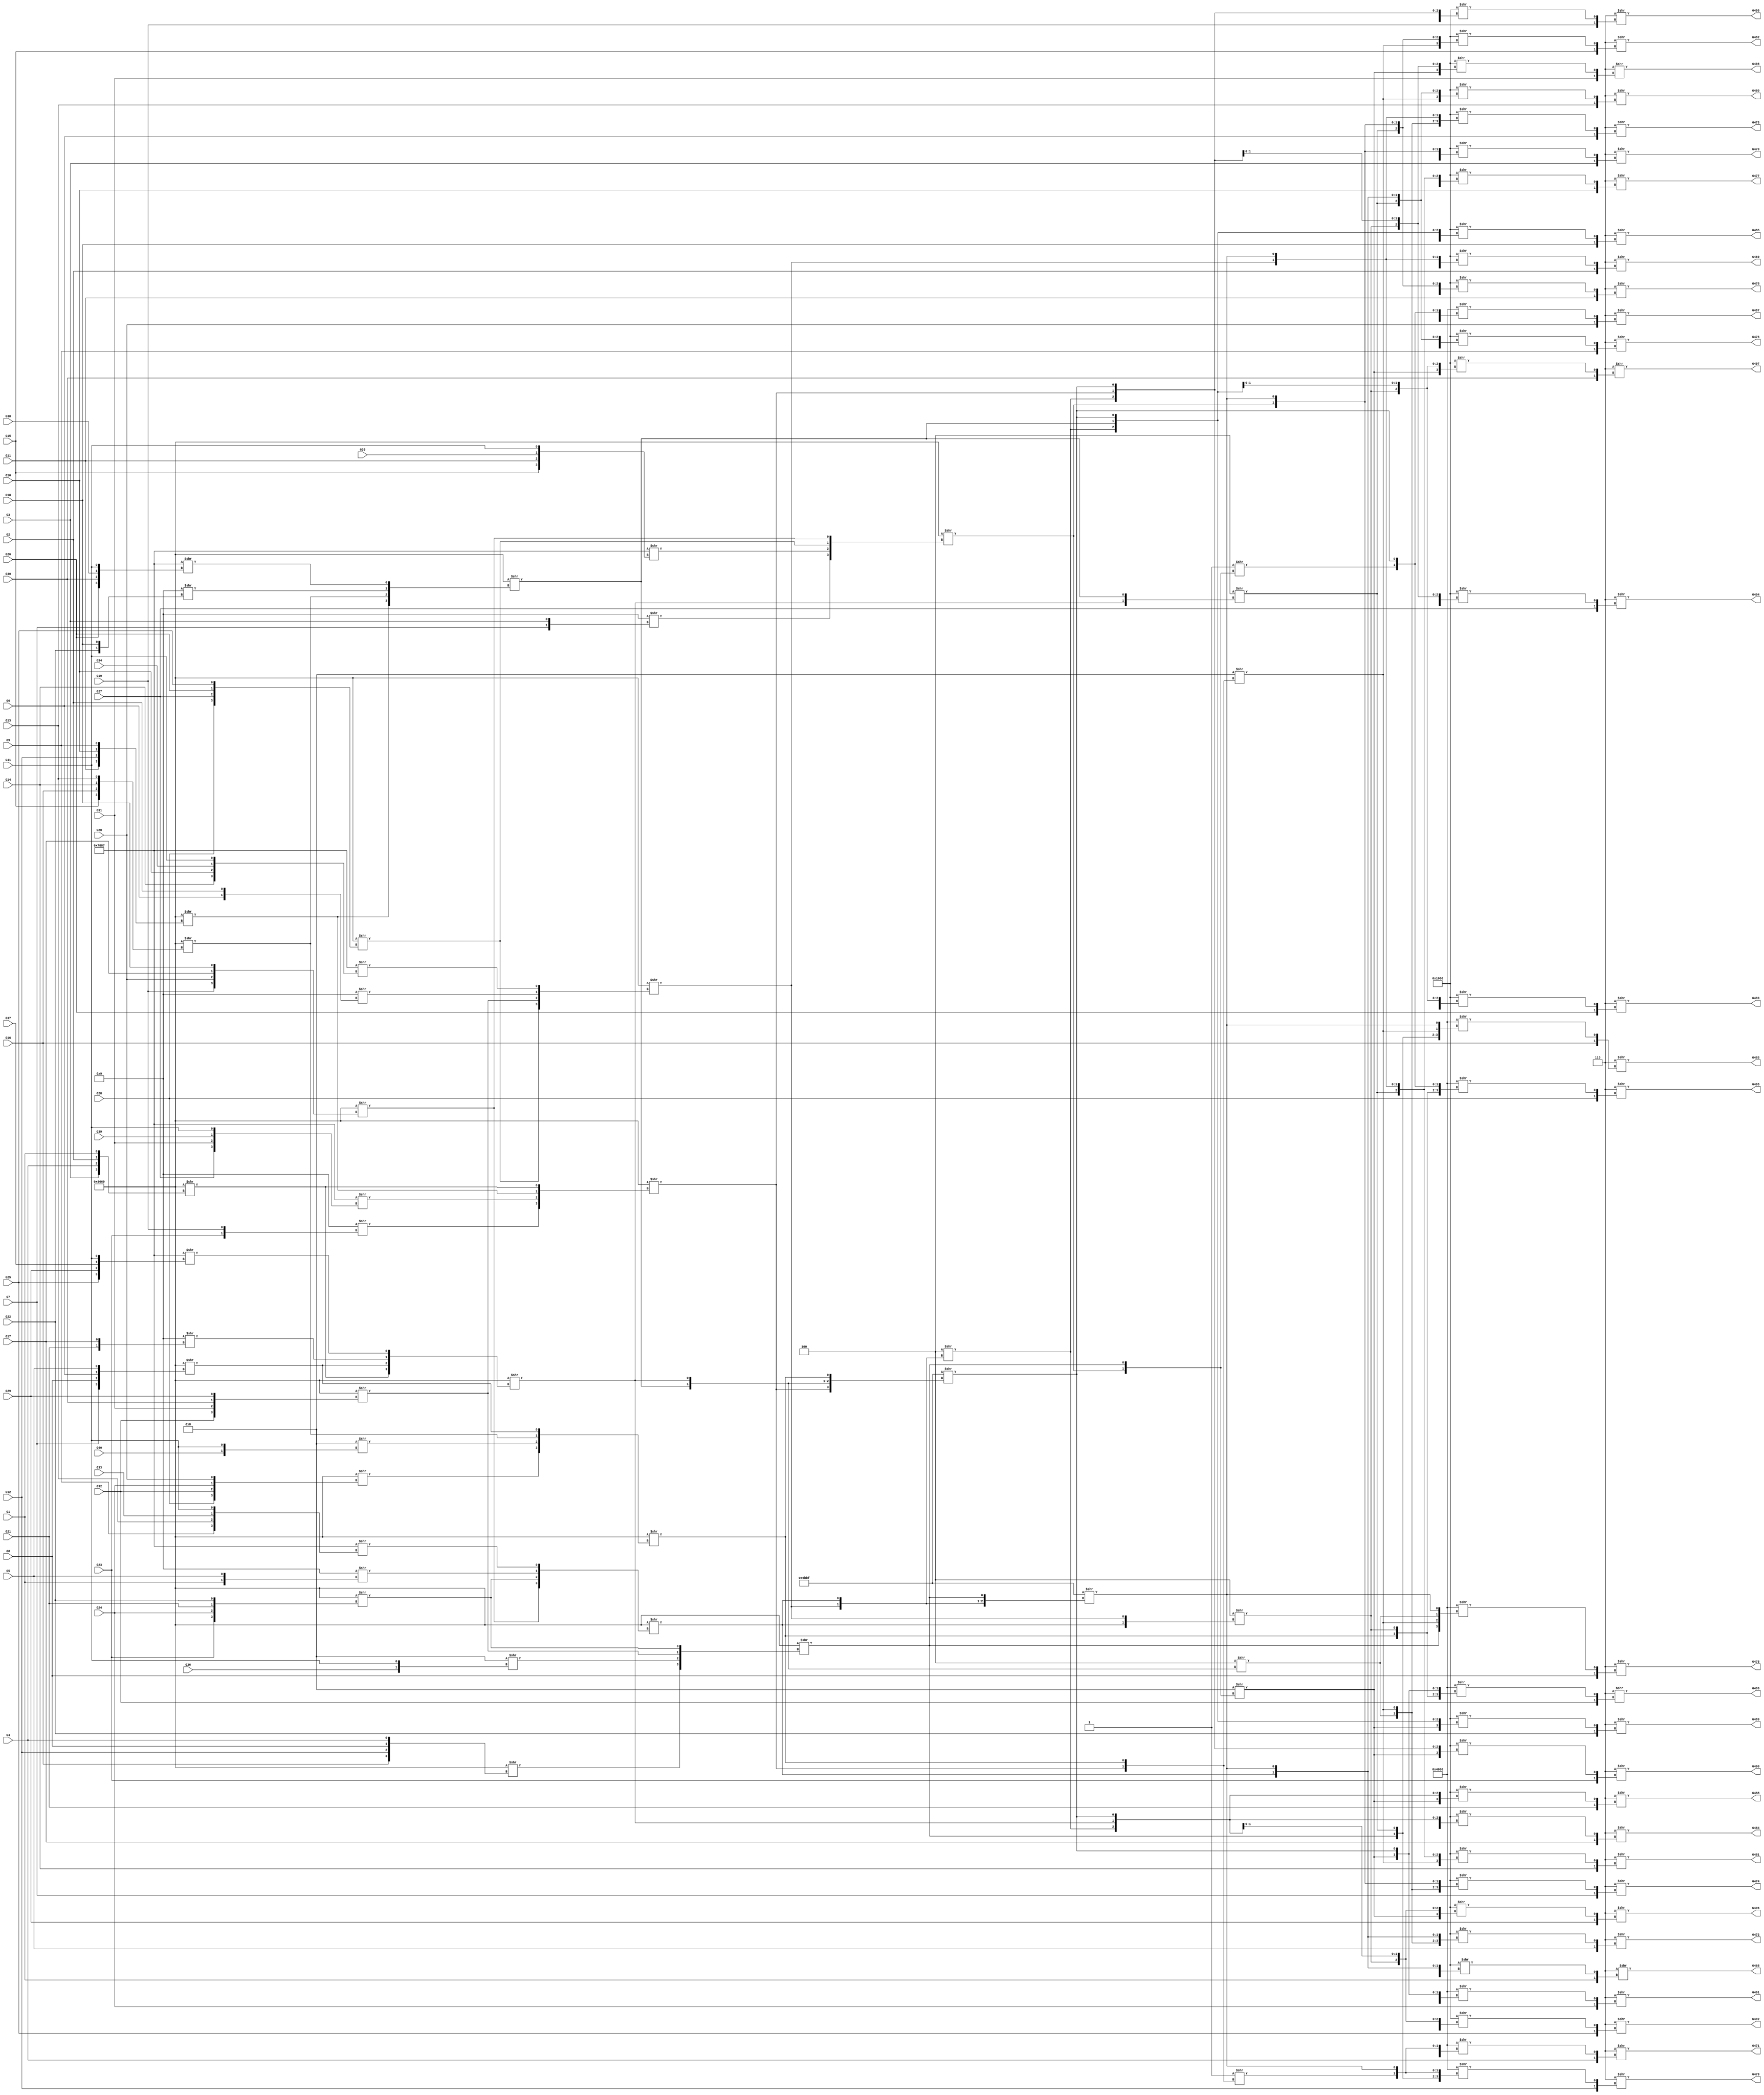
/* Generated by Yosys 0.9 (git sha1 1979e0b) */

(* src = "designs/c499.v:1" *)
module c499(G1, G10, G11, G12, G13, G14, G15, G16, G17, G18, G19, G2, G20, G21, G22, G23, G24, G25, G26, G27, G28, G29, G3, G30, G31, G32, G33, G34, G35, G36, G37, G38, G39, G4, G40, G41, G468, G469, G470, G471, G472, G473, G474, G475, G476, G477, G478, G479, G480, G481, G482, G483, G484, G485, G486, G487, G488, G489, G490, G491, G492, G493, G494, G495, G496, G497, G498, G499, G5, G6, G7, G8, G9);
  wire _000_;
  wire _001_;
  wire _002_;
  wire _003_;
  wire _004_;
  wire _005_;
  wire _006_;
  wire _007_;
  wire _008_;
  wire _009_;
  wire _010_;
  wire _011_;
  wire _012_;
  wire _013_;
  wire _014_;
  wire _015_;
  wire _016_;
  wire _017_;
  wire _018_;
  wire _019_;
  wire _020_;
  wire _021_;
  wire _022_;
  wire _023_;
  wire _024_;
  wire _025_;
  wire _026_;
  wire _027_;
  wire _028_;
  wire _029_;
  wire _030_;
  wire _031_;
  wire _032_;
  wire _033_;
  wire _034_;
  wire _035_;
  wire _036_;
  wire _037_;
  wire _038_;
  wire _039_;
  wire _040_;
  wire _041_;
  wire _042_;
  wire _043_;
  wire _044_;
  wire _045_;
  wire _046_;
  wire _047_;
  wire _048_;
  wire _049_;
  wire _050_;
  wire _051_;
  wire _052_;
  wire _053_;
  wire _054_;
  wire _055_;
  wire _056_;
  wire _057_;
  wire _058_;
  wire _059_;
  wire _060_;
  wire _061_;
  wire _062_;
  wire _063_;
  wire _064_;
  wire _065_;
  wire _066_;
  wire _067_;
  wire _068_;
  wire _069_;
  wire _070_;
  wire _071_;
  wire _072_;
  wire _073_;
  wire _074_;
  wire _075_;
  wire _076_;
  wire _077_;
  wire _078_;
  wire _079_;
  wire _080_;
  wire _081_;
  wire _082_;
  wire _083_;
  wire _084_;
  wire _085_;
  wire _086_;
  wire _087_;
  wire _088_;
  wire _089_;
  wire _090_;
  wire _091_;
  wire _092_;
  wire _093_;
  wire _094_;
  wire _095_;
  wire _096_;
  wire _097_;
  wire _098_;
  wire _099_;
  wire _100_;
  wire _101_;
  wire _102_;
  wire _103_;
  wire _104_;
  wire _105_;
  wire _106_;
  wire _107_;
  wire _108_;
  wire _109_;
  wire _110_;
  wire _111_;
  wire _112_;
  wire _113_;
  wire _114_;
  wire _115_;
  wire _116_;
  wire _117_;
  wire _118_;
  wire _119_;
  wire _120_;
  wire _121_;
  wire _122_;
  wire _123_;
  wire _124_;
  wire _125_;
  wire _126_;
  wire _127_;
  wire _128_;
  wire _129_;
  wire _130_;
  wire _131_;
  wire _132_;
  wire _133_;
  wire _134_;
  wire _135_;
  wire _136_;
  wire _137_;
  wire _138_;
  wire _139_;
  wire _140_;
  wire _141_;
  wire _142_;
  wire _143_;
  wire _144_;
  wire _145_;
  wire _146_;
  wire _147_;
  wire _148_;
  wire _149_;
  wire _150_;
  wire _151_;
  wire _152_;
  wire _153_;
  wire _154_;
  wire _155_;
  wire _156_;
  wire _157_;
  (* src = "designs/c499.v:6" *)
  wire _158_;
  (* src = "designs/c499.v:6" *)
  wire _159_;
  (* src = "designs/c499.v:6" *)
  wire _160_;
  (* src = "designs/c499.v:6" *)
  wire _161_;
  (* src = "designs/c499.v:6" *)
  wire _162_;
  (* src = "designs/c499.v:6" *)
  wire _163_;
  (* src = "designs/c499.v:6" *)
  wire _164_;
  (* src = "designs/c499.v:6" *)
  wire _165_;
  (* src = "designs/c499.v:6" *)
  wire _166_;
  (* src = "designs/c499.v:6" *)
  wire _167_;
  (* src = "designs/c499.v:6" *)
  wire _168_;
  (* src = "designs/c499.v:6" *)
  wire _169_;
  (* src = "designs/c499.v:6" *)
  wire _170_;
  (* src = "designs/c499.v:6" *)
  wire _171_;
  (* src = "designs/c499.v:6" *)
  wire _172_;
  (* src = "designs/c499.v:6" *)
  wire _173_;
  (* src = "designs/c499.v:6" *)
  wire _174_;
  (* src = "designs/c499.v:6" *)
  wire _175_;
  (* src = "designs/c499.v:6" *)
  wire _176_;
  (* src = "designs/c499.v:6" *)
  wire _177_;
  (* src = "designs/c499.v:6" *)
  wire _178_;
  (* src = "designs/c499.v:6" *)
  wire _179_;
  (* src = "designs/c499.v:6" *)
  wire _180_;
  (* src = "designs/c499.v:6" *)
  wire _181_;
  (* src = "designs/c499.v:6" *)
  wire _182_;
  (* src = "designs/c499.v:6" *)
  wire _183_;
  (* src = "designs/c499.v:6" *)
  wire _184_;
  (* src = "designs/c499.v:6" *)
  wire _185_;
  (* src = "designs/c499.v:6" *)
  wire _186_;
  (* src = "designs/c499.v:6" *)
  wire _187_;
  (* src = "designs/c499.v:6" *)
  wire _188_;
  (* src = "designs/c499.v:6" *)
  wire _189_;
  (* src = "designs/c499.v:6" *)
  wire _190_;
  (* src = "designs/c499.v:6" *)
  wire _191_;
  (* src = "designs/c499.v:6" *)
  wire _192_;
  (* src = "designs/c499.v:6" *)
  wire _193_;
  (* src = "designs/c499.v:9" *)
  wire _194_;
  (* src = "designs/c499.v:9" *)
  wire _195_;
  (* src = "designs/c499.v:9" *)
  wire _196_;
  (* src = "designs/c499.v:9" *)
  wire _197_;
  (* src = "designs/c499.v:9" *)
  wire _198_;
  (* src = "designs/c499.v:9" *)
  wire _199_;
  (* src = "designs/c499.v:9" *)
  wire _200_;
  (* src = "designs/c499.v:9" *)
  wire _201_;
  (* src = "designs/c499.v:9" *)
  wire _202_;
  (* src = "designs/c499.v:9" *)
  wire _203_;
  (* src = "designs/c499.v:9" *)
  wire _204_;
  (* src = "designs/c499.v:9" *)
  wire _205_;
  (* src = "designs/c499.v:9" *)
  wire _206_;
  (* src = "designs/c499.v:9" *)
  wire _207_;
  (* src = "designs/c499.v:9" *)
  wire _208_;
  (* src = "designs/c499.v:9" *)
  wire _209_;
  (* src = "designs/c499.v:9" *)
  wire _210_;
  (* src = "designs/c499.v:9" *)
  wire _211_;
  (* src = "designs/c499.v:9" *)
  wire _212_;
  (* src = "designs/c499.v:9" *)
  wire _213_;
  (* src = "designs/c499.v:9" *)
  wire _214_;
  (* src = "designs/c499.v:9" *)
  wire _215_;
  (* src = "designs/c499.v:9" *)
  wire _216_;
  (* src = "designs/c499.v:9" *)
  wire _217_;
  (* src = "designs/c499.v:9" *)
  wire _218_;
  (* src = "designs/c499.v:9" *)
  wire _219_;
  (* src = "designs/c499.v:9" *)
  wire _220_;
  (* src = "designs/c499.v:9" *)
  wire _221_;
  (* src = "designs/c499.v:9" *)
  wire _222_;
  (* src = "designs/c499.v:9" *)
  wire _223_;
  (* src = "designs/c499.v:9" *)
  wire _224_;
  (* src = "designs/c499.v:9" *)
  wire _225_;
  (* src = "designs/c499.v:6" *)
  wire _226_;
  (* src = "designs/c499.v:6" *)
  wire _227_;
  (* src = "designs/c499.v:6" *)
  wire _228_;
  (* src = "designs/c499.v:6" *)
  wire _229_;
  (* src = "designs/c499.v:6" *)
  wire _230_;
  wire _231_;
  wire _232_;
  wire _233_;
  wire _234_;
  wire _235_;
  wire _236_;
  wire _237_;
  wire _238_;
  wire _239_;
  wire _240_;
  wire _241_;
  wire _242_;
  wire _243_;
  wire _244_;
  wire _245_;
  wire _246_;
  wire _247_;
  wire _248_;
  wire _249_;
  wire _250_;
  wire _251_;
  wire _252_;
  wire _253_;
  wire _254_;
  wire _255_;
  wire _256_;
  wire _257_;
  wire _258_;
  wire _259_;
  wire _260_;
  wire _261_;
  wire _262_;
  wire _263_;
  wire _264_;
  wire _265_;
  wire _266_;
  wire _267_;
  wire _268_;
  wire _269_;
  wire _270_;
  wire _271_;
  wire _272_;
  wire _273_;
  wire _274_;
  wire _275_;
  wire _276_;
  wire _277_;
  wire _278_;
  wire _279_;
  wire _280_;
  wire _281_;
  wire _282_;
  wire _283_;
  wire _284_;
  wire _285_;
  wire _286_;
  wire _287_;
  wire _288_;
  wire _289_;
  wire _290_;
  wire _291_;
  wire _292_;
  wire _293_;
  wire _294_;
  wire _295_;
  wire _296_;
  wire _297_;
  wire _298_;
  wire _299_;
  wire _300_;
  wire _301_;
  wire _302_;
  wire _303_;
  wire _304_;
  (* src = "designs/c499.v:6" *)
  input G1;
  (* src = "designs/c499.v:6" *)
  input G10;
  (* src = "designs/c499.v:6" *)
  input G11;
  (* src = "designs/c499.v:6" *)
  input G12;
  (* src = "designs/c499.v:6" *)
  input G13;
  (* src = "designs/c499.v:6" *)
  input G14;
  (* src = "designs/c499.v:6" *)
  input G15;
  (* src = "designs/c499.v:6" *)
  input G16;
  (* src = "designs/c499.v:6" *)
  input G17;
  (* src = "designs/c499.v:6" *)
  input G18;
  (* src = "designs/c499.v:6" *)
  input G19;
  (* src = "designs/c499.v:6" *)
  input G2;
  (* src = "designs/c499.v:6" *)
  input G20;
  (* src = "designs/c499.v:6" *)
  input G21;
  (* src = "designs/c499.v:6" *)
  input G22;
  (* src = "designs/c499.v:6" *)
  input G23;
  (* src = "designs/c499.v:6" *)
  input G24;
  (* src = "designs/c499.v:6" *)
  input G25;
  (* src = "designs/c499.v:6" *)
  input G26;
  (* src = "designs/c499.v:6" *)
  input G27;
  (* src = "designs/c499.v:6" *)
  input G28;
  (* src = "designs/c499.v:6" *)
  input G29;
  (* src = "designs/c499.v:6" *)
  input G3;
  (* src = "designs/c499.v:6" *)
  input G30;
  (* src = "designs/c499.v:6" *)
  input G31;
  (* src = "designs/c499.v:6" *)
  input G32;
  (* src = "designs/c499.v:6" *)
  input G33;
  (* src = "designs/c499.v:6" *)
  input G34;
  (* src = "designs/c499.v:6" *)
  input G35;
  (* src = "designs/c499.v:6" *)
  input G36;
  (* src = "designs/c499.v:6" *)
  input G37;
  (* src = "designs/c499.v:6" *)
  input G38;
  (* src = "designs/c499.v:6" *)
  input G39;
  (* src = "designs/c499.v:6" *)
  input G4;
  (* src = "designs/c499.v:6" *)
  input G40;
  (* src = "designs/c499.v:6" *)
  input G41;
  (* src = "designs/c499.v:9" *)
  output G468;
  (* src = "designs/c499.v:9" *)
  output G469;
  (* src = "designs/c499.v:9" *)
  output G470;
  (* src = "designs/c499.v:9" *)
  output G471;
  (* src = "designs/c499.v:9" *)
  output G472;
  (* src = "designs/c499.v:9" *)
  output G473;
  (* src = "designs/c499.v:9" *)
  output G474;
  (* src = "designs/c499.v:9" *)
  output G475;
  (* src = "designs/c499.v:9" *)
  output G476;
  (* src = "designs/c499.v:9" *)
  output G477;
  (* src = "designs/c499.v:9" *)
  output G478;
  (* src = "designs/c499.v:9" *)
  output G479;
  (* src = "designs/c499.v:9" *)
  output G480;
  (* src = "designs/c499.v:9" *)
  output G481;
  (* src = "designs/c499.v:9" *)
  output G482;
  (* src = "designs/c499.v:9" *)
  output G483;
  (* src = "designs/c499.v:9" *)
  output G484;
  (* src = "designs/c499.v:9" *)
  output G485;
  (* src = "designs/c499.v:9" *)
  output G486;
  (* src = "designs/c499.v:9" *)
  output G487;
  (* src = "designs/c499.v:9" *)
  output G488;
  (* src = "designs/c499.v:9" *)
  output G489;
  (* src = "designs/c499.v:9" *)
  output G490;
  (* src = "designs/c499.v:9" *)
  output G491;
  (* src = "designs/c499.v:9" *)
  output G492;
  (* src = "designs/c499.v:9" *)
  output G493;
  (* src = "designs/c499.v:9" *)
  output G494;
  (* src = "designs/c499.v:9" *)
  output G495;
  (* src = "designs/c499.v:9" *)
  output G496;
  (* src = "designs/c499.v:9" *)
  output G497;
  (* src = "designs/c499.v:9" *)
  output G498;
  (* src = "designs/c499.v:9" *)
  output G499;
  (* src = "designs/c499.v:6" *)
  input G5;
  (* src = "designs/c499.v:6" *)
  input G6;
  (* src = "designs/c499.v:6" *)
  input G7;
  (* src = "designs/c499.v:6" *)
  input G8;
  (* src = "designs/c499.v:6" *)
  input G9;
  assign _194_ = 4'h6 >> { _158_, _281_ };
  assign _281_ = 16'h1000 >> { _293_, _282_, _301_, _300_ };
  assign _282_ = 4'h4 >> { _288_, _283_ };
  assign _283_ = 16'h9669 >> { _287_, _286_, _285_, _284_ };
  assign _284_ = 16'h7887 >> { _175_, _179_, _188_, _193_ };
  assign _285_ = 4'h9 >> { _171_, _166_ };
  assign _286_ = 16'h9669 >> { _228_, _229_, _227_, _226_ };
  assign _287_ = 16'h9669 >> { _180_, _191_, _169_, _158_ };
  assign _288_ = 16'h9669 >> { _292_, _291_, _290_, _289_ };
  assign _289_ = 16'h7887 >> { _176_, _181_, _189_, _193_ };
  assign _290_ = 4'h9 >> { _172_, _167_ };
  assign _291_ = 16'h9669 >> { _164_, _165_, _163_, _162_ };
  assign _292_ = 16'h9669 >> { _160_, _161_, _159_, _230_ };
  assign _293_ = 4'h1 >> { _297_, _294_ };
  assign _294_ = 16'h9669 >> { _296_, _295_, _291_, _286_ };
  assign _295_ = 4'h8 >> { _192_, _193_ };
  assign _296_ = 16'h9669 >> { _178_, _183_, _174_, _170_ };
  assign _297_ = 16'h9669 >> { _299_, _298_, _292_, _287_ };
  assign _298_ = 16'h7887 >> { _177_, _182_, _190_, _193_ };
  assign _299_ = 4'h9 >> { _173_, _168_ };
  assign _300_ = 16'h6bbf >> { _240_, _232_, _301_, _237_ };
  assign _301_ = 16'h9669 >> { _231_, _304_, _303_, _302_ };
  assign _302_ = 16'h7887 >> { _230_, _162_, _184_, _193_ };
  assign _303_ = 4'h9 >> { _158_, _226_ };
  assign _304_ = 16'h9669 >> { _173_, _174_, _171_, _172_ };
  assign _231_ = 16'h9669 >> { _168_, _170_, _166_, _167_ };
  assign _232_ = 16'h9669 >> { _236_, _235_, _234_, _233_ };
  assign _233_ = 16'h7887 >> { _163_, _159_, _185_, _193_ };
  assign _234_ = 4'h9 >> { _227_, _169_ };
  assign _235_ = 16'h9669 >> { _183_, _182_, _181_, _179_ };
  assign _236_ = 16'h9669 >> { _178_, _177_, _176_, _175_ };
  assign _237_ = 16'h9669 >> { _239_, _238_, _235_, _304_ };
  assign _238_ = 4'h8 >> { _187_, _193_ };
  assign _239_ = 16'h9669 >> { _165_, _161_, _229_, _191_ };
  assign _240_ = 16'h9669 >> { _242_, _241_, _236_, _231_ };
  assign _241_ = 16'h7887 >> { _164_, _160_, _186_, _193_ };
  assign _242_ = 4'h9 >> { _228_, _180_ };
  assign _195_ = 4'h6 >> { _169_, _243_ };
  assign _243_ = 16'h1000 >> { _293_, _282_, _232_, _300_ };
  assign _196_ = 4'h6 >> { _180_, _244_ };
  assign _244_ = 16'h1000 >> { _293_, _282_, _240_, _300_ };
  assign _197_ = 4'h6 >> { _191_, _245_ };
  assign _245_ = 16'h4000 >> { _237_, _282_, _293_, _300_ };
  assign _198_ = 4'h6 >> { _226_, _246_ };
  assign _246_ = 16'h1000 >> { _282_, _247_, _301_, _300_ };
  assign _247_ = 4'h8 >> { _297_, _294_ };
  assign _199_ = 4'h6 >> { _227_, _248_ };
  assign _248_ = 16'h1000 >> { _282_, _247_, _232_, _300_ };
  assign _200_ = 4'h6 >> { _228_, _249_ };
  assign _249_ = 16'h1000 >> { _282_, _247_, _240_, _300_ };
  assign _201_ = 4'h6 >> { _229_, _250_ };
  assign _250_ = 16'h4000 >> { _237_, _247_, _282_, _300_ };
  assign _202_ = 4'h6 >> { _230_, _251_ };
  assign _251_ = 16'h1000 >> { _293_, _252_, _301_, _300_ };
  assign _252_ = 4'h4 >> { _283_, _288_ };
  assign _203_ = 4'h6 >> { _159_, _253_ };
  assign _253_ = 16'h1000 >> { _293_, _252_, _232_, _300_ };
  assign _204_ = 4'h6 >> { _160_, _254_ };
  assign _254_ = 16'h1000 >> { _293_, _252_, _240_, _300_ };
  assign _205_ = 4'h6 >> { _161_, _255_ };
  assign _255_ = 16'h4000 >> { _237_, _252_, _293_, _300_ };
  assign _206_ = 4'h6 >> { _162_, _256_ };
  assign _256_ = 16'h1000 >> { _247_, _252_, _301_, _300_ };
  assign _207_ = 4'h6 >> { _163_, _257_ };
  assign _257_ = 16'h1000 >> { _247_, _252_, _232_, _300_ };
  assign _208_ = 4'h6 >> { _164_, _258_ };
  assign _258_ = 16'h1000 >> { _247_, _252_, _240_, _300_ };
  assign _209_ = 4'h6 >> { _165_, _259_ };
  assign _259_ = 16'h4000 >> { _237_, _252_, _247_, _300_ };
  assign _210_ = 4'h6 >> { _166_, _260_ };
  assign _260_ = 16'h1000 >> { _262_, _261_, _283_, _263_ };
  assign _261_ = 4'h4 >> { _232_, _301_ };
  assign _262_ = 4'h1 >> { _240_, _237_ };
  assign _263_ = 16'h6bbf >> { _297_, _288_, _283_, _294_ };
  assign _211_ = 4'h6 >> { _167_, _264_ };
  assign _264_ = 16'h1000 >> { _262_, _261_, _288_, _263_ };
  assign _212_ = 4'h6 >> { _168_, _265_ };
  assign _265_ = 16'h1000 >> { _262_, _261_, _297_, _263_ };
  assign _213_ = 4'h6 >> { _170_, _266_ };
  assign _266_ = 16'h4000 >> { _294_, _261_, _262_, _263_ };
  assign _214_ = 4'h6 >> { _171_, _267_ };
  assign _267_ = 16'h1000 >> { _268_, _261_, _283_, _263_ };
  assign _268_ = 4'h8 >> { _240_, _237_ };
  assign _215_ = 4'h6 >> { _172_, _269_ };
  assign _269_ = 16'h1000 >> { _268_, _261_, _288_, _263_ };
  assign _216_ = 4'h6 >> { _173_, _270_ };
  assign _270_ = 16'h1000 >> { _268_, _261_, _297_, _263_ };
  assign _217_ = 4'h6 >> { _174_, _271_ };
  assign _271_ = 16'h4000 >> { _294_, _261_, _268_, _263_ };
  assign _218_ = 4'h6 >> { _175_, _272_ };
  assign _272_ = 16'h1000 >> { _262_, _273_, _283_, _263_ };
  assign _273_ = 4'h4 >> { _301_, _232_ };
  assign _219_ = 4'h6 >> { _176_, _274_ };
  assign _274_ = 16'h1000 >> { _262_, _273_, _288_, _263_ };
  assign _220_ = 4'h6 >> { _177_, _275_ };
  assign _275_ = 16'h1000 >> { _262_, _273_, _297_, _263_ };
  assign _221_ = 4'h6 >> { _178_, _276_ };
  assign _276_ = 16'h4000 >> { _294_, _273_, _262_, _263_ };
  assign _222_ = 4'h6 >> { _179_, _277_ };
  assign _277_ = 16'h1000 >> { _268_, _273_, _283_, _263_ };
  assign _223_ = 4'h6 >> { _181_, _278_ };
  assign _278_ = 16'h1000 >> { _268_, _273_, _288_, _263_ };
  assign _224_ = 4'h6 >> { _182_, _279_ };
  assign _279_ = 16'h1000 >> { _268_, _273_, _297_, _263_ };
  assign _225_ = 4'h6 >> { _183_, _280_ };
  assign _280_ = 16'h4000 >> { _294_, _273_, _268_, _263_ };
  assign _226_ = G5;
  assign _158_ = G1;
  assign _162_ = G13;
  assign _230_ = G9;
  assign _193_ = G41;
  assign _184_ = G33;
  assign _167_ = G18;
  assign _166_ = G17;
  assign _170_ = G20;
  assign _168_ = G19;
  assign _172_ = G22;
  assign _171_ = G21;
  assign _174_ = G24;
  assign _173_ = G23;
  assign _179_ = G29;
  assign _175_ = G25;
  assign _188_ = G37;
  assign _169_ = G2;
  assign _191_ = G4;
  assign _180_ = G3;
  assign _227_ = G6;
  assign _229_ = G8;
  assign _228_ = G7;
  assign _181_ = G30;
  assign _176_ = G26;
  assign _189_ = G38;
  assign _159_ = G10;
  assign _161_ = G12;
  assign _160_ = G11;
  assign _163_ = G14;
  assign _165_ = G16;
  assign _164_ = G15;
  assign _182_ = G31;
  assign _177_ = G27;
  assign _190_ = G39;
  assign _183_ = G32;
  assign _178_ = G28;
  assign _192_ = G40;
  assign _187_ = G36;
  assign _185_ = G34;
  assign _186_ = G35;
  assign G468 = _194_;
  assign G469 = _195_;
  assign G470 = _196_;
  assign G471 = _197_;
  assign G472 = _198_;
  assign G473 = _199_;
  assign G474 = _200_;
  assign G475 = _201_;
  assign G476 = _202_;
  assign G477 = _203_;
  assign G478 = _204_;
  assign G479 = _205_;
  assign G480 = _206_;
  assign G481 = _207_;
  assign G482 = _208_;
  assign G483 = _209_;
  assign G484 = _210_;
  assign G485 = _211_;
  assign G486 = _212_;
  assign G487 = _213_;
  assign G488 = _214_;
  assign G489 = _215_;
  assign G490 = _216_;
  assign G491 = _217_;
  assign G492 = _218_;
  assign G493 = _219_;
  assign G494 = _220_;
  assign G495 = _221_;
  assign G496 = _222_;
  assign G497 = _223_;
  assign G498 = _224_;
  assign G499 = _225_;
endmodule